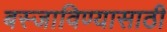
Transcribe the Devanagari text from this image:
बस्जाविण्यासाठी